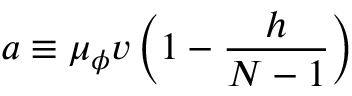
a \equiv \mu _ { \phi } v \left( 1 - \frac { h } { N - 1 } \right)